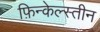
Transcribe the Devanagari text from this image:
फ़िन्केल्स्तीन